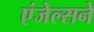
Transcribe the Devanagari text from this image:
एंजेल्सने